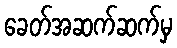
ခေတ်အဆက်ဆက်မှ